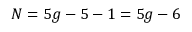
N = 5 g - 5 - 1 = 5 g - 6